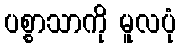
ပစ္စာသာကို မူလပုံ